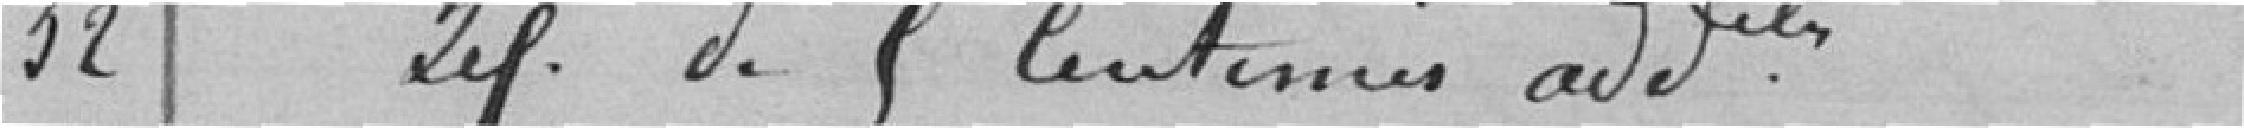
32 Def. de 5 centimes additionnels